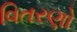
વિતરણો